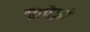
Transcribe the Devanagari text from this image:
कैंपेज़ो